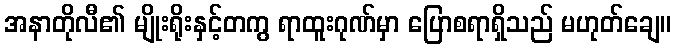
အနာတိုလီ၏ မျိုးရိုးနှင့်တကွ ရာထူးဂုဏ်မှာ ပြောစရာရှိသည် မဟုတ်ချေ။